Leaving Certificate Examination, 1925
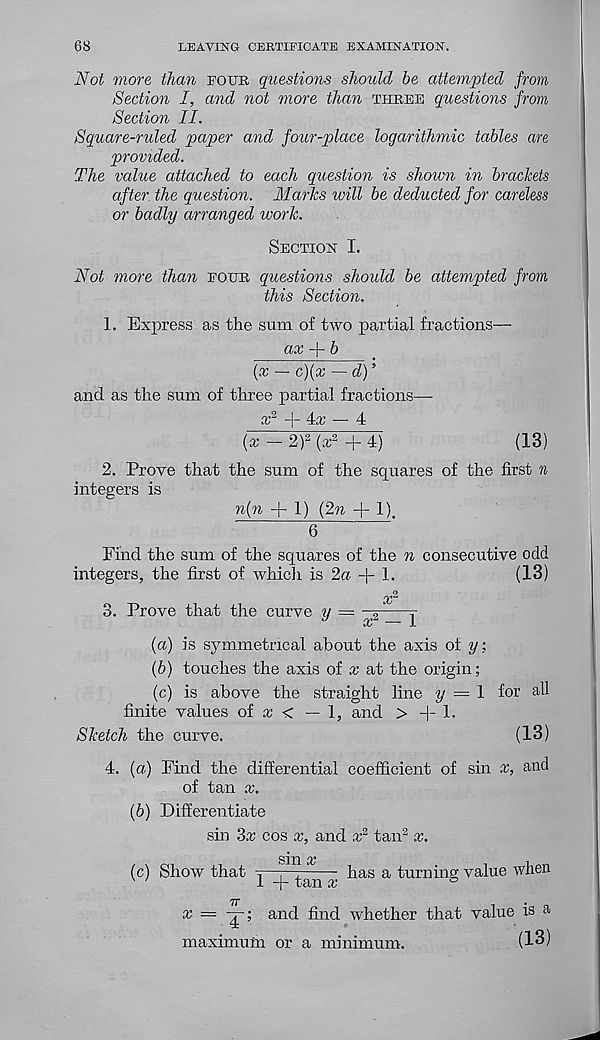
68
LEAVING CERTIFICATE EXAMINATION.
Not more than four questions should be attempted from
Section I, and not more than three questions from
Section II.
Square-ruled paper and four-place logarithmic tables are
provided.
The value attached to each question is shown in brackets
after the question. Marks will be deducted for careless
or badly arranged work.
Section I.
Not more than four questions should be attempted from
this Section.
1. Express as the sum of two partial fractions—
ax -\-b
(x — c)(x — d) ’
and as the sum of three partial fractions—
x 2
4x — 4
(x - 2) 2 (x 2 + 4)
(13)
2. Prove that the sum of the squares of the first n
integers is
n(n -f- 1) (2n + 1),
6
'
Find the sum of the squares of the n consecutive odd
integers, the first of which is 2a
1.
(13)
3. Prove that the curve y = —
r
OC
J-
(a) is symmetrical about the axis of y:
(b) touches the axis of x at the origin;
(c) is above the straight line ?/ = 1 for all
finite values of x < — 1, and > +1.
Sketch the curve.
(13)
4. {a) Find the differential coefficient of sin x, and
of tan x.
(b) Differentiate
sin 3a? cos x, and x 2 tan 2 x.
(c) Show that y- f
has a turnhig value when
i-
t an os
7T
x =
and find whether that value is a
maximum or a minimum.
(13)